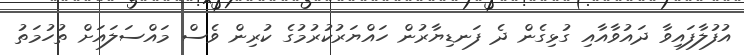
އުފުލާފައިވާ ދައުވާއާއި ގުޅިގެން ދެ ފަނޑިޔާރުން ހައްޔަރުކުރުމުގެ ކުރިން ވެސް މައްސަލައަށް ތުހުމަތު